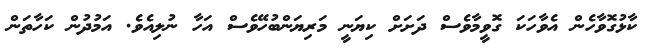
ކާޅުގޮވާހެން އެވާހަކަ ގޮވީމާވެސް ދަށަށް ކިޔަނީ މަރިޔަންބުހޭވެސް އަހާ ނުލިއެވެ. އަމުދުން ކަހާތަން